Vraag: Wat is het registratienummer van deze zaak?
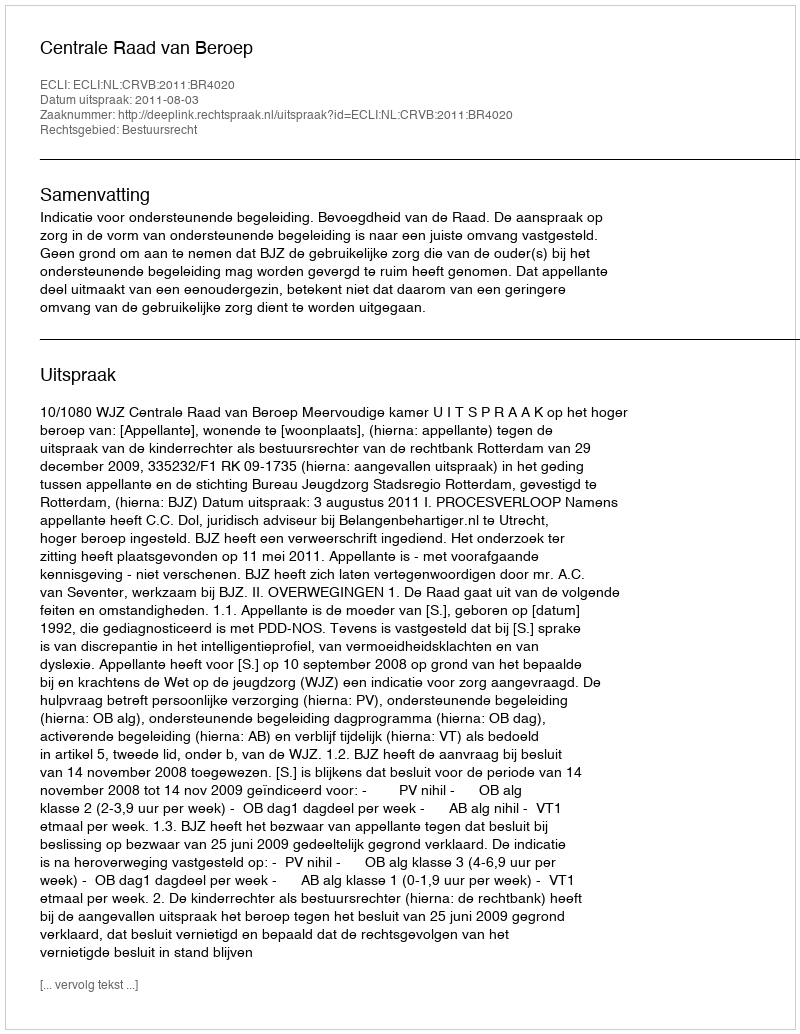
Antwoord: http://deeplink.rechtspraak.nl/uitspraak?id=ECLI:NL:CRVB:2011:BR4020